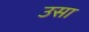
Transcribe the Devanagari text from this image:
उसा